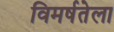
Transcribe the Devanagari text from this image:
विमर्षतेला